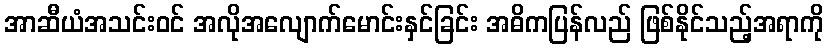
အာဆီယံအသင်းဝင် အလိုအလျောက်မောင်းနှင်ခြင်း အဓိကပြန်လည် ဖြစ်နိုင်သည့်အရာကို